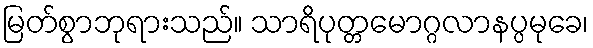
မြတ်စွာဘုရားသည်။ သာရိပုတ္တမောဂ္ဂလာနပ္ပမုခေ၊